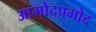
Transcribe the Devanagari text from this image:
आमोदप्रमोद